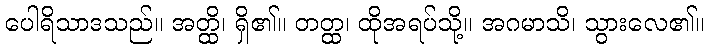
ပေါရိသာဒသည်။ အတ္ထိ၊ ရှိ၏။ တတ္ထ၊ ထိုအရပ်သို့။ အဂမာသိ၊ သွားလေ၏။